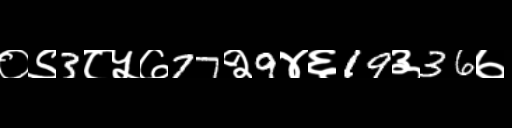
Text: ०९3८५७77२9४६19३36७